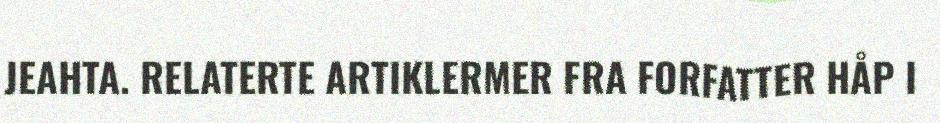
JEAHTA. RELATERTE ARTIKLERMER FRA FORFATTER HÅP I